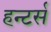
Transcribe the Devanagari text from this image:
हन्टर्स